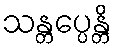
သန္တပ္ပေန္တိ